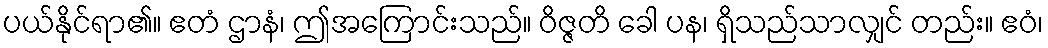
ပယ်နိုင်ရာ၏။ ဧတံ ဌာနံ၊ ဤအကြောင်းသည်။ ဝိဇ္ဇတိ ခေါ ပန၊ ရှိသည်သာလျှင် တည်း။ ဧဝံ၊